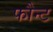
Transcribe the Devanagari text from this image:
फौन्ट